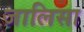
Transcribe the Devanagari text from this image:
जालिसा